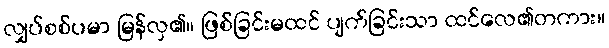
လျှပ်စစ်ပမာ မြန်လှ၏။ ဖြစ်ခြင်းမထင် ပျက်ခြင်းသာ ထင်လေ၏တကား။